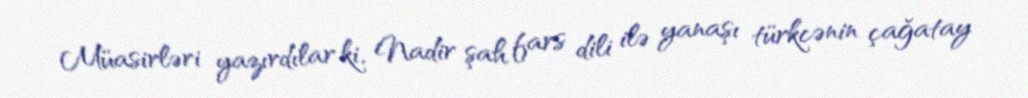
Müasirləri yazırdılar ki, Nadir şah fars dili ilə yanaşı türkcənin çağatay